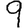
Digit: 9